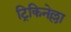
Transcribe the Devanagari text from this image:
ट्रिकिनेल्ला